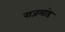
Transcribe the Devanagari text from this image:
राजमांड